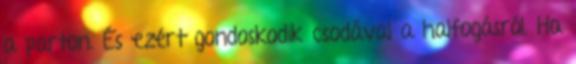
a parton. És ezért gondoskodik csodával a halfogásról. Ha